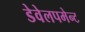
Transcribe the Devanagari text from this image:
डेवेलपमेन्ट